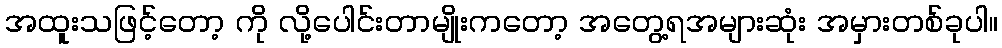
အထူးသဖြင့်တော့ ကို လို့ပေါင်းတာမျိုးကတော့ အတွေ့ရအများဆုံး အမှားတစ်ခုပါ။